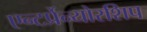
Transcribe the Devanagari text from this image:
एन्टर्प्रेन्योरशिप